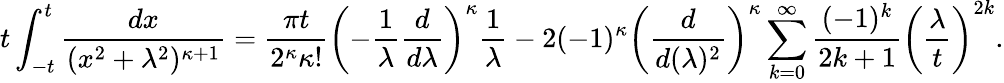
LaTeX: t\int_{-t}^{t}\frac{dx}{(x^{2}+\lambda^{2})^{\kappa+1}}=\frac{\pi t}{2^{\kappa}\kappa!}\left(-\frac{1}{\lambda}\frac{d}{d\lambda}\right)^{\kappa}\frac{1}{\lambda}-2(-1)^{\kappa}\left(\frac{d}{d(\lambda)^{2}}\right)^{\kappa}\sum_{k=0}^{\infty}\frac{(-1)^{k}}{2k+1}\left(\frac{\lambda}{t}\right)^{2k}.